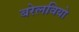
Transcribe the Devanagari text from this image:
बरेलवियो